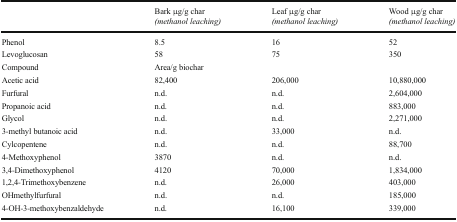
<table><thead><tr><td></td><td><b>Bark μg/g char <i>(methanol leaching)</i></b></td><td><b>Leaf μg/g char <i>(methanol leaching)</i></b></td><td><b>Wood μg/g char <i>(methanol leaching)</i></b></td></tr></thead><tbody><tr><td>Phenol</td><td>8.5</td><td>16</td><td>52</td></tr><tr><td>Levoglucosan</td><td>58</td><td>75</td><td>350</td></tr><tr><td>Compound</td><td colspan="3">Area/g biochar</td></tr><tr><td>Acetic acid</td><td>82,400</td><td>206,000</td><td>10,880,000</td></tr><tr><td>Furfural</td><td>n.d.</td><td>n.d.</td><td>2,604,000</td></tr><tr><td>Propanoic acid</td><td>n.d.</td><td>n.d.</td><td>883,000</td></tr><tr><td>Glycol</td><td>n.d.</td><td>n.d.</td><td>2,271,000</td></tr><tr><td>3-methyl butanoic acid</td><td>n.d.</td><td>33,000</td><td>n.d.</td></tr><tr><td>Cylcopentene</td><td>n.d.</td><td>n.d.</td><td>88,700</td></tr><tr><td>4-Methoxyphenol</td><td>3870</td><td>n.d.</td><td>n.d.</td></tr><tr><td>3,4-Dimethoxyphenol</td><td>4120</td><td>70,000</td><td>1,834,000</td></tr><tr><td>1,2,4-Trimethoxybenzene</td><td>n.d.</td><td>26,000</td><td>403,000</td></tr><tr><td>OHmethylfurfural</td><td>n.d.</td><td>n.d.</td><td>185,000</td></tr><tr><td>4-OH-3-methoxybenzaldehyde</td><td>n.d.</td><td>16,100</td><td>339,000</td></tr></tbody></table>